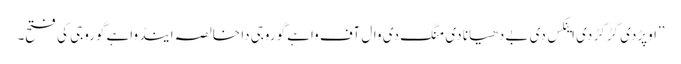
’’اوپڑدی گڑگڑ دی اینکس دی بے دھیانا دی منگ دی وال آف واہے گوروجی دا خالصہ اینڈ واہے گوروجی کی فتح۔